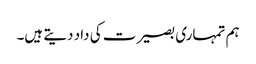
ہم تمہاری بصیرت کی داد دیتے ہیں۔